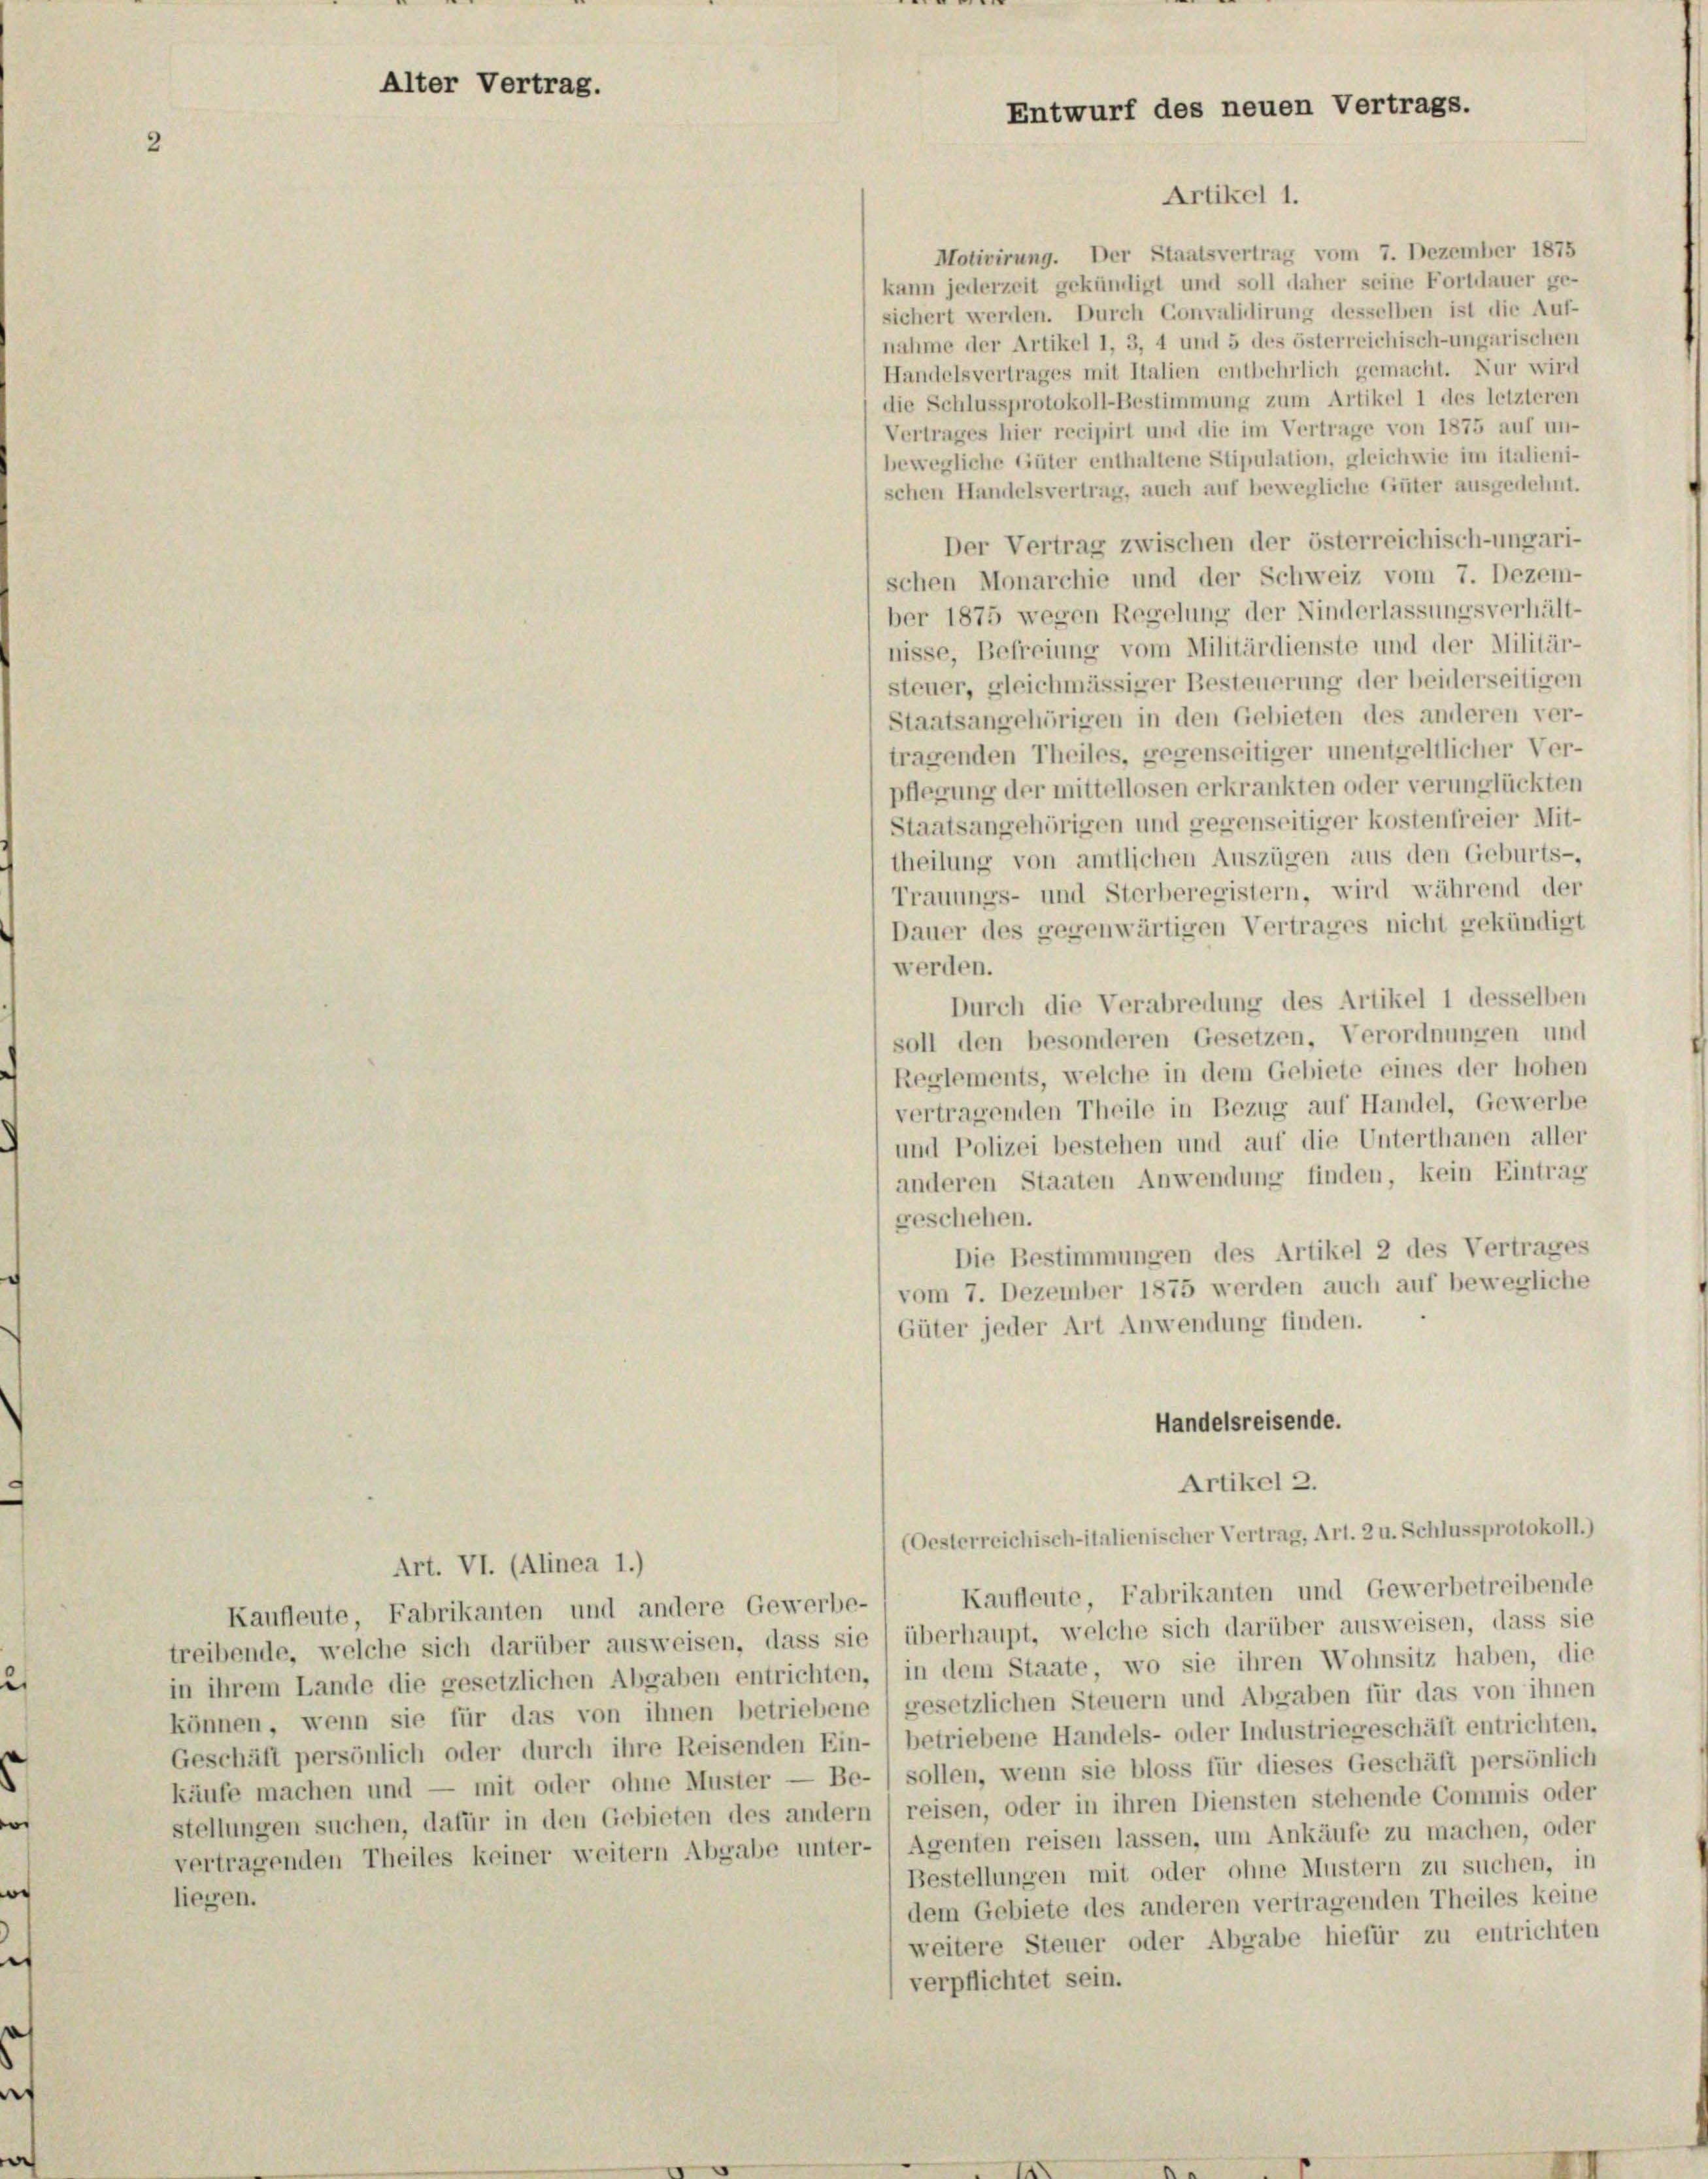
Alter Vertrag.

Entwurf des neuen Vertrags.
Artikel 1.

Motivirung. Der Staatsvertrag vom 7. Dezember 1875
kann jederzeit gekündigt und soll daher seine Fortdauer ge-
sichert werden. Durch Convalidirung desselben ist die Auf-
nahme der Artikel 1, 3, 4 und 5 des österreichisch-ungarischen
Handelsvertrages mit Italien entbehrlich gemacht. Nur wird
die Schlussprotokoll-Bestimmung zum Artikel 1 des letzteren
Vertrages hier recipirt und die im Vertrage von 1875 auf un-
bewegliche Güter enthaltene Stipulation, gleichwie im italieni-
schen Handelsvertrag, auch auf bewegliche Güter ausgedehnt.
Der Vertrag zwischen der österreichisch-ungari-
schen Monarchie und der Schweiz vom 7. Dezem-
ber 1875 wegen Regelung der Ninderlassungsverhält-
nisse, Befreiung vom Militärdienste und der Militär-
steuer, gleichmässiger Besteuerung der beiderseitigen
(Staatsangehörigen in den Gebieten des anderen ver-
tragenden Theiles, gegenseitiger unentgeltlicher Ver-
pflegung der mittellosen erkrankten oder verunglückten
Staatsangehörigen und gegenseitiger kostenfreier Mit-
theilung von amtlichen Auszügen aus den Geburts-
Trauungs- und Sterberegistern, wird während der
Dauer des gegenwärtigen Vertrages nicht gekündigt
werden.
Durch die Verabredung des Artikel 1 desselben
soll den besonderen Gesetzen, Verordnungen und
Reglements, welche in dem Gebiete eines der hohen
vertragenden Theile in Bezug auf Handel, Gewerbe
und Polizei bestehen und auf die Unterthanen aller
anderen Staaten Anwendung finden, kein Eintrag
geschehen.
Die Bestimmungen des Artikel 2 des Vertrages
vom 7. Dezember 1875 werden auch auf bewegliche
Güter jeder Art Anwendung finden.
Handelsreisende.
Artikel 2.
(Oesterreichisch-italienischer Vertrag, Art. 2 u. Schlussprotokoll.)
Art. VI. (Alinea 1.)
Kaufleute, Fabrikanten und Gewerbetreibende
Kaufleute, Fabrikanten und andere Gewerbe-
treibende, welche sich darüber ausweisen, dass sie / überhaupt, welche sich darüber ausweisen, dass sie
in ihrem Lande die gesetzlichen Abgaben entrichten,) in dem Staate, wo sie ihren Wohnsitz haben, die
können, wenn sie für das von ihnen betriebene) gesetzlichen Steuern und Abgaben für das von ihnen
Geschäft persönlich oder durch ihre Reisenden Ein- ) betriebene Handels- oder Industriegeschäft entrichten.
käufe machen und — mit oder ohne Muster — Be- ) sollen, wenn sie bloss für dieses Geschäft persönlich
stellungen suchen, dafür in den Gebieten des andern reisen, oder in ihren Diensten stehende Commis oder
vertragenden Theiles keiner weitern Abgabe unter- / Agenten reisen lassen, um Ankäufe zu machen, oder
Bestellungen mit oder ohne Mustern zu suchen, in
liegen.
dem Gebiete des anderen vertragenden Theiles keine
weitere Steuer oder Abgabe hiefür zu entrichten
verpflichtet sein.